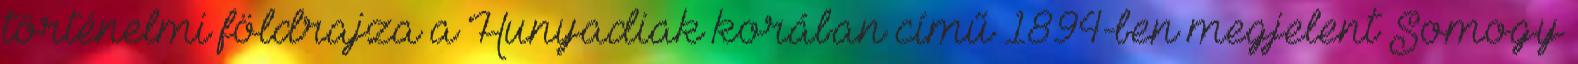
történelmi földrajza a Hunyadiak korában című 1894-ben megjelent Somogy